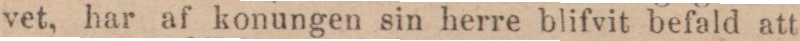
vet, har af konungen sin herre blifvit befald att